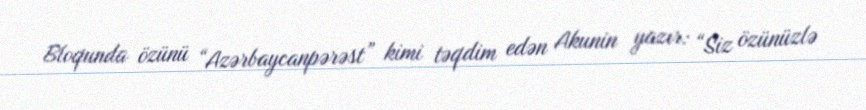
Bloqunda özünü “Azərbaycanpərəst” kimi təqdim edən Akunin yazır: “Siz özünüzlə